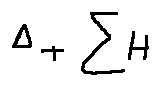
\Delta + \sum H